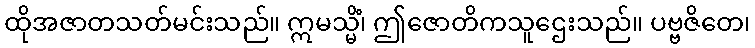
ထိုအဇာတသတ်မင်းသည်။ ဣမသ္မိံ၊ ဤဇောတိကသူဌေးသည်။ ပဗ္ဗဇိတေ၊